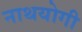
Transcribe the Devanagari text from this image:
नाथयोगी